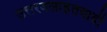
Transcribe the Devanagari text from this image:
उत्तरवसाहतवादी